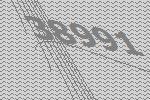
38991